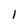
Character: l